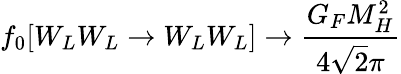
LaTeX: f_{0}[W_{L}W_{L}\rightarrow W_{L}W_{L}]\rightarrow\frac{G_{F}M_{H}^{2}}{4\sqrt{2}\pi}